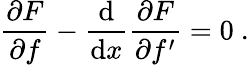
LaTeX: {\frac{\partial F}{\partial f}}-{\frac{\mathrm{d}}{\mathrm{d}x}}{\frac{\partial F}{\partial f^{\prime}}}=0\ .